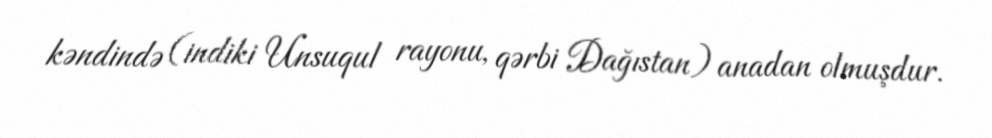
kəndində (indiki Unsuqul rayonu, qərbi Dağıstan) anadan olmuşdur.